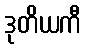
ဒုတိယကီ